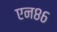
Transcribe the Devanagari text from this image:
एन८६